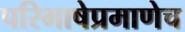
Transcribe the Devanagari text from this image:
परिभाषेप्रमाणेच